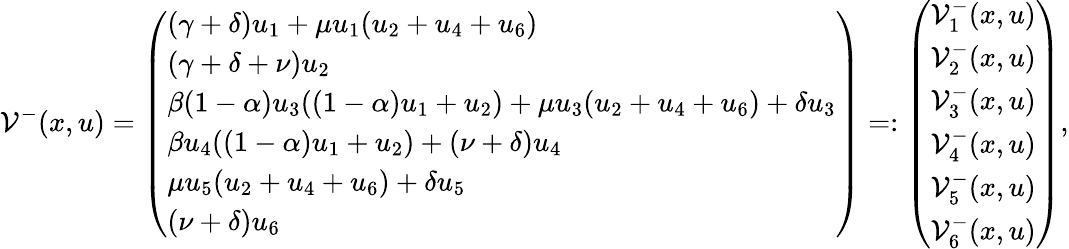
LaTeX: \mathcal V^{-}(x,u)=\left(\begin{array}{l}{(\gamma+\delta)u_{1}+\mu u_{1}(u_{2}+u_{4}+u_{6})}\\ {(\gamma+\delta+\nu)u_{2}}\\ {\beta(1-\alpha)u_{3}((1-\alpha)u_{1}+u_{2})+\mu u_{3}(u_{2}+u_{4}+u_{6})+\delta u_{3}}\\ {\beta u_{4}((1-\alpha)u_{1}+u_{2})+(\nu+\delta)u_{4}}\\ {\mu u_{5}(u_{2}+u_{4}+u_{6})+\delta u_{5}}\\ {(\nu+\delta)u_{6}}\end{array}\right)=:\left(\begin{array}{l}{\mathcal V_{1}^{-}(x,u)}\\ {\mathcal V_{2}^{-}(x,u)}\\ {\mathcal V_{3}^{-}(x,u)}\\ {\mathcal V_{4}^{-}(x,u)}\\ {\mathcal V_{5}^{-}(x,u)}\\ {\mathcal V_{6}^{-}(x,u)}\end{array}\right),